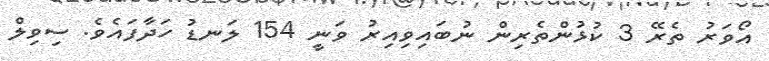
އޯވަރު ތެރޭ 3 ކުޅުންތެރިން ނުބައިވިއިރު ވަނީ 154 ލަނޑު ހަދާފައެވެ. ސިވިލް